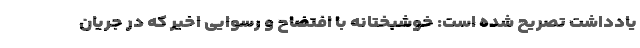
یادداشت تصریح شده است: خوشبختانه با افتضاح و رسوایی اخیر که در جریان